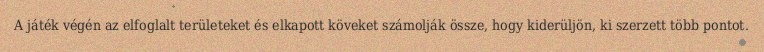
A játék végén az elfoglalt területeket és elkapott köveket számolják össze, hogy kiderüljön, ki szerzett több pontot.